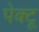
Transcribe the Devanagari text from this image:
पेक्टू